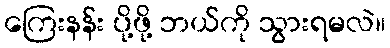
ကြေးနန်း ပို့ဖို့ ဘယ်ကို သွားရမလဲ။